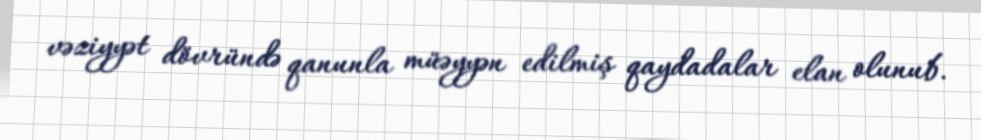
vəziyyət dövründə qanunla müəyyən edilmiş qaydadalar elan olunub.